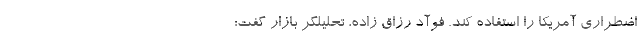
اضطراری آمریکا را استفاده کند. فوآد رزاق زاده، تحلیلگر بازار گفت: